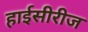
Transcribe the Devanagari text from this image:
हाईसीरीज